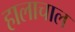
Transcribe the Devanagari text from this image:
हालाचाल